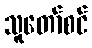
သူတော်စင်